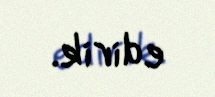
edirik.